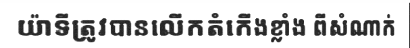
យ៉ាទីត្រូវបានលើកតំកើងខ្លាំង ពីសំណាក់